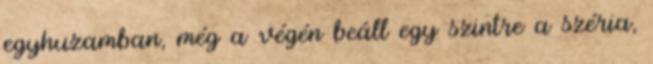
egyhuzamban, még a végén beáll egy szintre a széria,